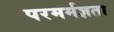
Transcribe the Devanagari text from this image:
परमर्मज्ञता